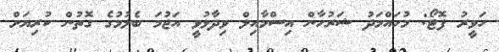
ހަވީރު ފޮޓޯ: މުހައްމަދު ޝަރުހާން އިސްމާއިލް ވިދާޅުވީ އަޖުމަ ބެލުމުގެ ގޮތުން ކުރިޔަށް